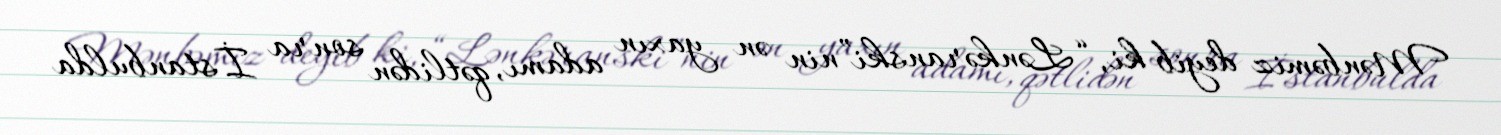
Mənbəmiz deyib ki, “Lənkəranski”nin ən yaxın adamı, qətlidən sonra İstanbulda